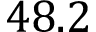
4 8 . 2